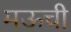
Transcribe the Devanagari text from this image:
मऊची